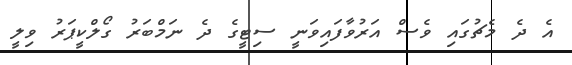
އެ ދެ މެޗުގައި ވެސް އަރުވާފައިވަނީ ސިޓީގެ ދެ ނަމްބަރު ގޯލްކީޕަރު ވިލީ